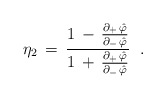
\begin{align*}\eta _{2}\,=\,\frac{1\,-\,{\frac{\partial _{+}\,\hat{\varphi}}{\partial_{-}\,\hat{\varphi}}}}{1\,+\,{\frac{\partial _{+}\,\hat{\varphi}}{\partial_{-}\,\hat{\varphi}}}}\;\;.\end{align*}